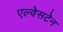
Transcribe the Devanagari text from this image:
एल्वेसटेन